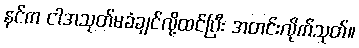
နင်က ငါအသုတ်မခံချင်လို့ထင်ပြီး အတင်းလိုက်သုတ်။